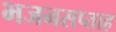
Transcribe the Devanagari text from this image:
भजनसप्‍ताह